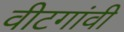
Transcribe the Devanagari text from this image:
वीटगांवी